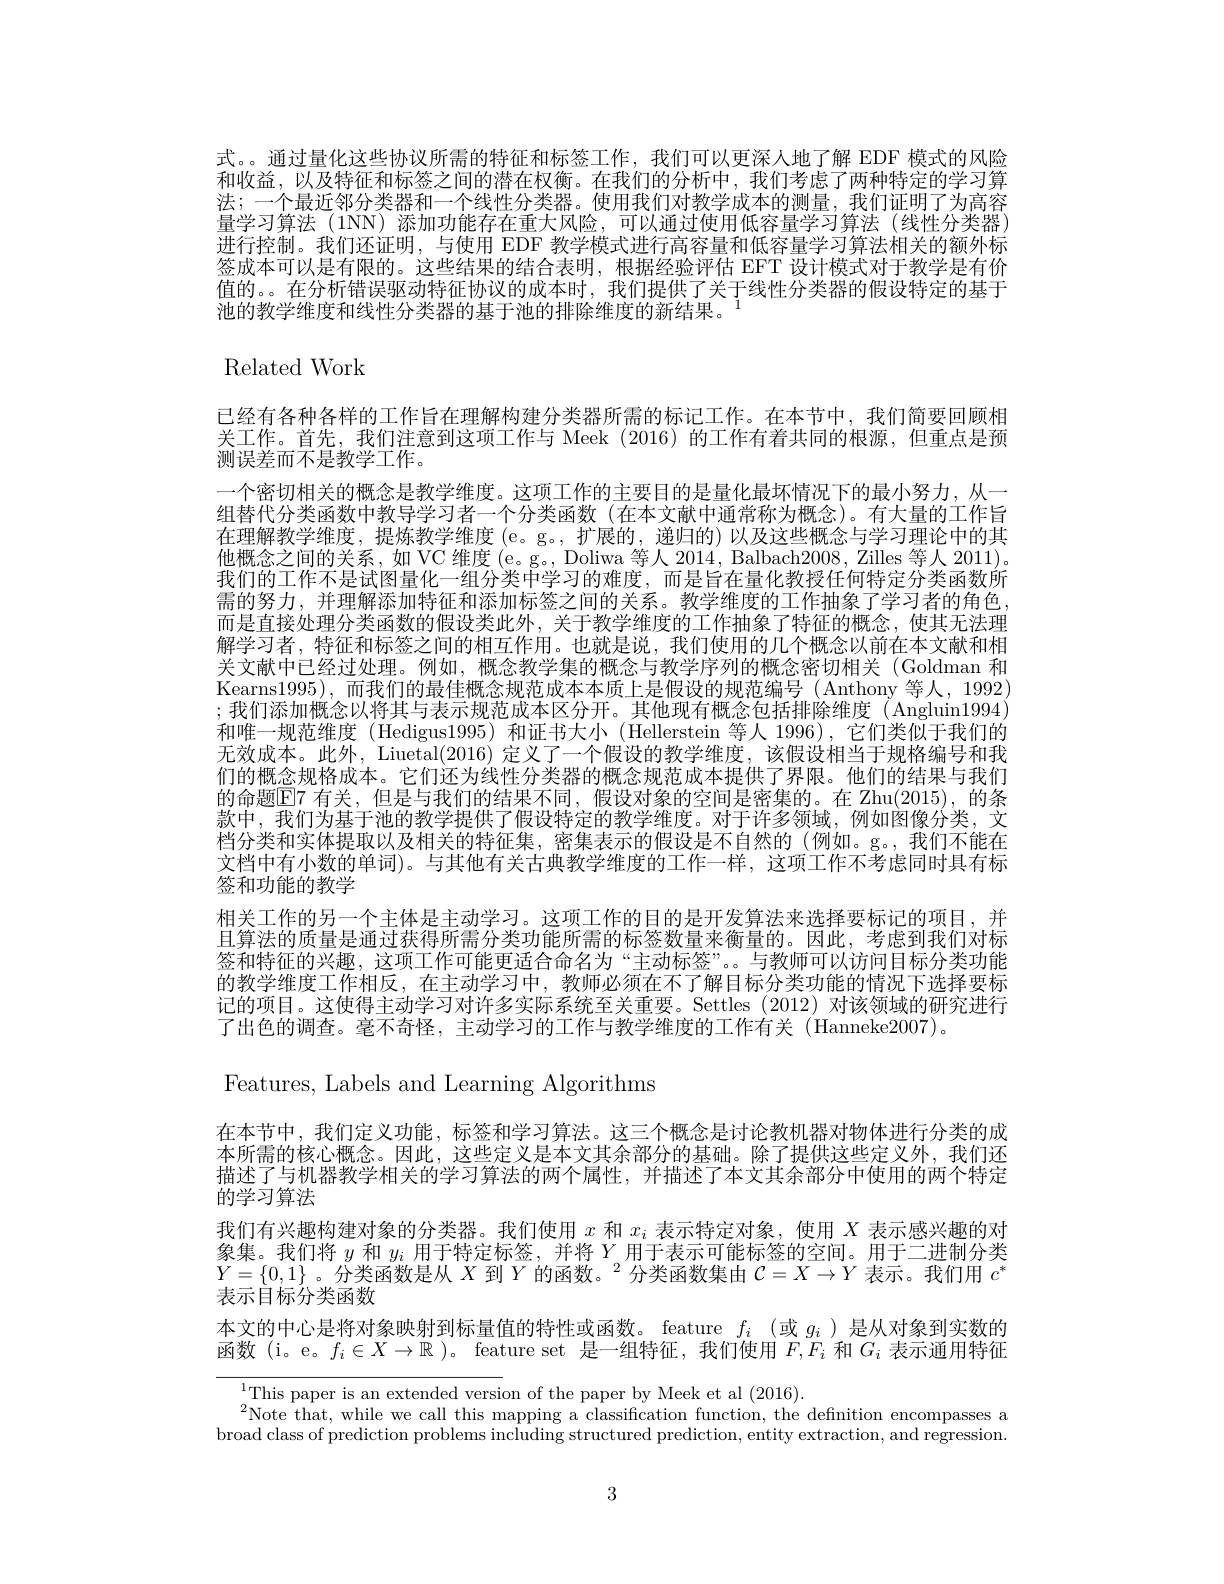
式。。通过量化这些协议所需的特征和标签工作，我们可以更深人地了解 EDF 模式的风险和收益，以及特征和标签之间的潜在权衡。在我们的分析中，我们考虑了两种特定的学习算法；一个最近邻分类器和一个线性分类器。使用我们对教学成本的测量，我们证明了为高容量学习算法 (1NN) 添加功能存在重大风险，可以通过使用低容量学习算法(线性分类器) 进行控制。我们还证明，与使用 EDF 教学模式进行高容量和低容量学习算法相关的额外标签成本可以是有限的。这些结果的结合表明，根据经验评估 EFT 设计模式对于教学是有价值的。。在分析错误驱动特征协议的成本时，我们提供了关于线性分类器的假设特定的基于池的教学维度和线性分类器的基于池的排除维度的新结果。$^{1}$

$\operatorname{Related}$Work

已经有各种各样的工作旨在理解构建分类器所需的标记工作。在本节中，我们简要回顾相关工作。首先，我们注意到这项工作与 Meek (2016)的工作有着共同的根源，但重点是预测误差而不是教学工作。
一个密切相关的概念是教学维度。这项工作的主要目的是量化最坏情况下的最小努力，从一组替代分类函数中教导学习者一个分类函数(在本文献中通常称为概念)。有大量的工作旨在理解教学维度，提炼教学维度 (e。g。,扩展的，递归的) 以及这些概念与学习理论中的其他概念之间的关系，如 VC 维度 (e。g。, Doliwa 等人 2014, Balbach2008, Zilles 等人 2011)。我们的工作不是试图量化一组分类中学习的难度，而是旨在量化教授任何特定分类函数所需的努力，并理解添加特征和添加标签之间的关系。教学维度的工作抽象了学习者的角色而是直接处理分类函数的假设类此外，关于教学维度的工作抽象了特征的概念，使其无法理解学习者，特征和标签之间的相互作用。也就是说，我们使用的几个概念以前在本文献和相关文献中已经过处理。例如，概念教学集的概念与教学序列的概念密切相关(Goldman 和Kearns1995),而我们的最佳概念规范成本本质上是假设的规范编号(Anthony 等人，1992) ;我们添加概念以将其与表示规范成本区分开。其他现有概念包括排除维度(Angluin1994) 和唯一规范维度 (Hedigus1995)和证书大小 (Hellerstein 等人 1996),它们类似于我们的无效成本。此外，Liuetal(2016) 定义了一个假设的教学维度，该假设相当于规格编号和我们的概念规格成本。它们还为线性分类器的概念规范成本提供了界限。他们的结果与我们的命题$\overline{\mathrm{E}}$7 有关，但是与我们的结果不同，假设对象的空间是密集的。在 Zhu(2015),的条款中，我们为基于池的教学提供了假设特定的教学维度。对于许多领域，例如图像分类，文档分类和实体提取以及相关的特征集，密集表示的假设是不自然的(例如。g。我们不能在文档中有小数的单词)。与其他有关古典教学维度的工作一样，这项工作不考虑同时具有标签和功能的教学
相关工作的另一个主体是主动学习。这项工作的目的是开发算法来选择要标记的项目，并且算法的质量是通过获得所需分类功能所需的标签数量来衡量的。因此，考虑到我们对标签和特征的兴趣，这项工作可能更适合命名为“主动标签”。与教师可以访问目标分类功能的教学维度工作相反，在主动学习中，教师必须在不了解目标分类功能的情况下选择要标记的项目。这使得主动学习对许多实际系统至关重要。Settles (2012) 对该领域的研究进行了出色的调查。毫不奇怪，主动学习的工作与教学维度的工作有关(Hanneke2007)。
Features, Labels and Learning Algorithms
在本节中，我们定义功能，标签和学习算法。这三个概念是讨论教机器对物体进行分类的成本所需的核心概念。因此，这些定义是本文其余部分的基础。除了提供这些定义外，我们还描述了与机器教学相关的学习算法的两个属性，并描述了本文其余部分中使用的两个特定的学习算法
我们有兴趣构建对象的分类器。我们使用$x$和$x_i$表示特定对象，使用$X$表示感兴趣的对象集。我们将$y$和$y_i$用于特定标签，并将$Y$用于表示可能标签的空间。用于二进制分类$Y=\{0,1\}$ 。分类函数是从$X$ 到 $Y\text{ 的 函 数 。}^2$分类函数集由$C=X\to Y$表示。我们用$c^*$ 表示目标分类函数
本文的中心是将对象映射到标量值的特性或函数。feature $f_i$ (或$g_i$ )是从对象到实数的函数 (i。e。$f_i\in X\to\mathbb{R}$ )。feature set 是一组特征，我们使用$F,F_i$和$G_i$表示通用特征

${}^{1}{\mathrm{This~paper~is~an~extended~version~of~the~paper~by~Meek~et~al~(2016).}}$
$^{2}$Note that, while we call this mapping a classification function, the definition encompasses a broad class of prediction problems including structured prediction, entity extraction, and regression.

3